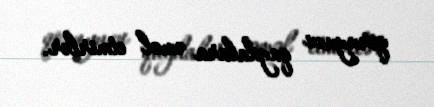
qoruyucu qaydalara əməl etmirlər.